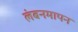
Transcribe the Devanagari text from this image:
लंबनमापन